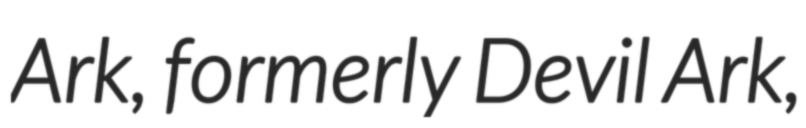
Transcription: Ark, formerly Devil Ark,